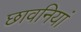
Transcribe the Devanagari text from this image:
छावनियां